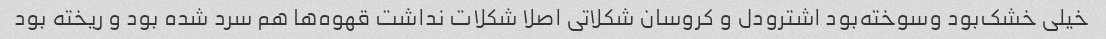
خیلی خشک‌بود و‌سوخته‌بود اشترودل و کروسان شکلاتی اصلا شکلات نداشت قهوه‌ها هم سرد شده بود و ریخته بود